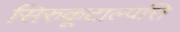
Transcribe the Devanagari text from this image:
सिरुकूटाल्पत्ति